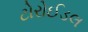
ટોરોઈડલ